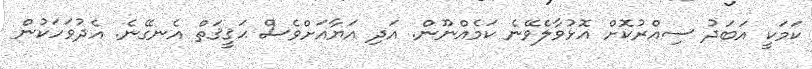
ކަމަކީ އަބަދު ސިއްރުކޮށް އޮޅުވާލެވޭނެ ކަމެއްނޫން. އަދި އަޔާއަށްވެސް ޙަޤީޤަތް އެނގޭނެ. އެދުވަހަކުން